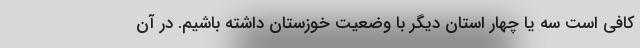
کافی است سه یا چهار استان دیگر با وضعیت خوزستان داشته باشیم. در آن